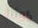
كونرز